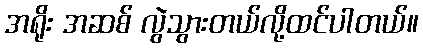
အရိုး အဆစ် လွဲသွားတယ်လို့ထင်ပါတယ်။